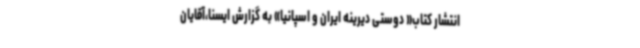
انتشار کتاب« دوستی دیرینه ایران و ‌اسپانیا» به گزارش ایسنا،آقایان